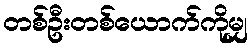
တစ်ဦးတစ်ယောက်ကိုမျှ